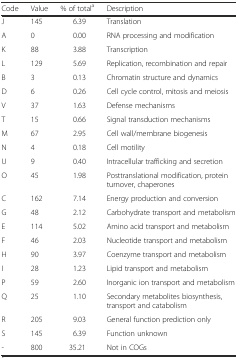
<table><thead><tr><td><b>Code</b></td><td><b>Value</b></td><td><b>% of total<sup>a</sup></b></td><td><b>Description</b></td></tr></thead><tbody><tr><td>J</td><td>145</td><td>6.39</td><td>Translation</td></tr><tr><td>A</td><td>0</td><td>0.00</td><td>RNA processing and modification</td></tr><tr><td>K</td><td>88</td><td>3.88</td><td>Transcription</td></tr><tr><td>L</td><td>129</td><td>5.69</td><td>Replication, recombination and repair</td></tr><tr><td>B</td><td>3</td><td>0.13</td><td>Chromatin structure and dynamics</td></tr><tr><td>D</td><td>6</td><td>0.26</td><td>Cell cycle control, mitosis and meiosis</td></tr><tr><td>V</td><td>37</td><td>1.63</td><td>Defense mechanisms</td></tr><tr><td>T</td><td>15</td><td>0.66</td><td>Signal transduction mechanisms</td></tr><tr><td>M</td><td>67</td><td>2.95</td><td>Cell wall/membrane biogenesis</td></tr><tr><td>N</td><td>4</td><td>0.18</td><td>Cell motility</td></tr><tr><td>U</td><td>9</td><td>0.40</td><td>Intracellular trafficking and secretion</td></tr><tr><td>O</td><td>45</td><td>1.98</td><td>Posttranslational modification, protein turnover, chaperones</td></tr><tr><td>C</td><td>162</td><td>7.14</td><td>Energy production and conversion</td></tr><tr><td>G</td><td>48</td><td>2.12</td><td>Carbohydrate transport and metabolism</td></tr><tr><td>E</td><td>114</td><td>5.02</td><td>Amino acid transport and metabolism</td></tr><tr><td>F</td><td>46</td><td>2.03</td><td>Nucleotide transport and metabolism</td></tr><tr><td>H</td><td>90</td><td>3.97</td><td>Coenzyme transport and metabolism</td></tr><tr><td>I</td><td>28</td><td>1.23</td><td>Lipid transport and metabolism</td></tr><tr><td>P</td><td>59</td><td>2.60</td><td>Inorganic ion transport and metabolism</td></tr><tr><td>Q</td><td>25</td><td>1.10</td><td>Secondary metabolites biosynthesis, transport and catabolism</td></tr><tr><td>R</td><td>205</td><td>9.03</td><td>General function prediction only</td></tr><tr><td>S</td><td>145</td><td>6.39</td><td>Function unknown</td></tr><tr><td>-</td><td>800</td><td>35.21</td><td>Not in COGs</td></tr></tbody></table>